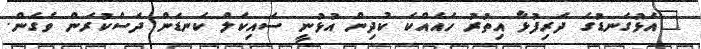
"އަޅުގަނޑުގެ ދަރިފުޅާ އިތުރު ހައެއްކަ ކުދިން އުޅުނީ ސައިކަލް ކަނޑަން ދަސްކުރަން ވެގެން.